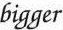
bigger